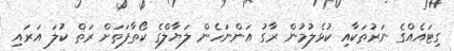
ގިޓައެއްގެ ނަރުތަކާއި ކުޅެލުމުން ރާގު އަންނަހެން ލަޔާލްގެ ކޯތާފަތަށް ރަތް ކުލަ އަރައި